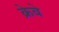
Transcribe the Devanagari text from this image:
क्रेबे